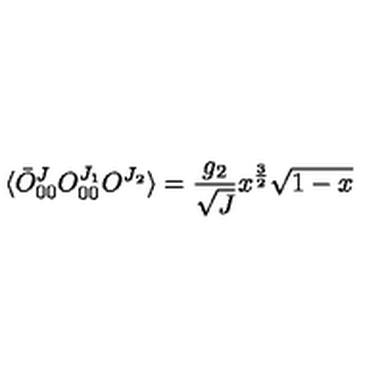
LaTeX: \langle \bar { O } _ { 0 0 } ^ { J } O _ { 0 0 } ^ { J _ { 1 } } O ^ { J _ { 2 } } \rangle = \frac { g _ { 2 } } { \sqrt { J } } x ^ { \frac { 3 } { 2 } } \sqrt { 1 - x }